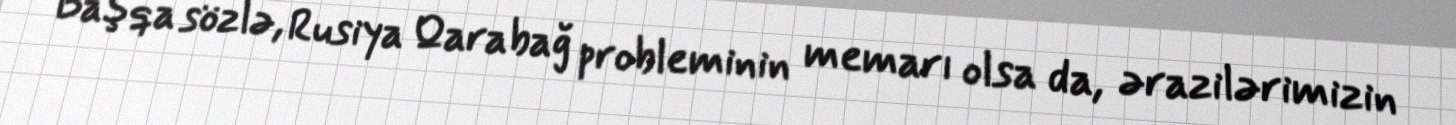
Başqa sözlə, Rusiya Qarabağ probleminin memarı olsa da, ərazilərimizin